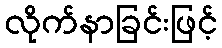
လိုက်နာခြင်းဖြင့်